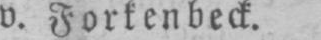
v. Forfenbeck